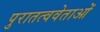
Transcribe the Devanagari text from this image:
पुरातत्ववेताओं